Manual of the Civil Veterinary Department, Central Provinces and Berar
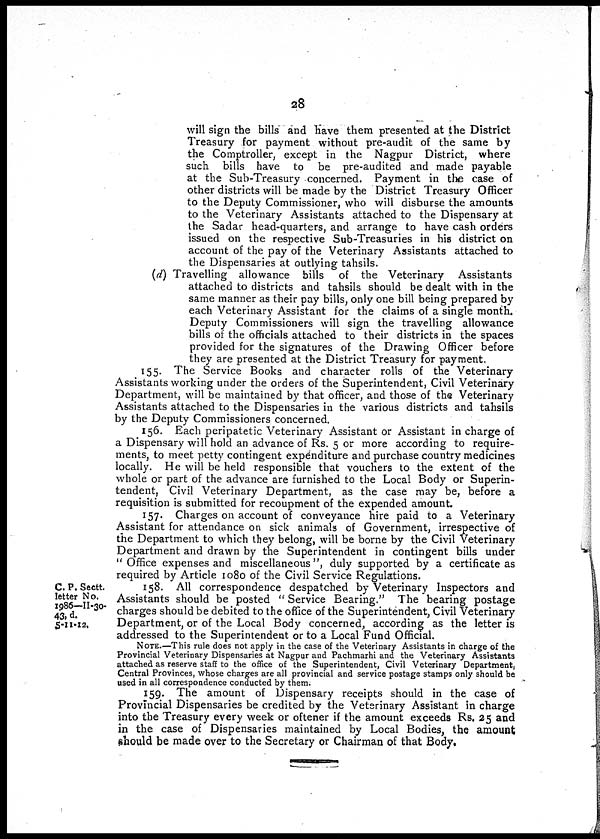
28
will sign the bills and have them presented at the District
Treasury for payment without pre-audit of the same by
the Comptroller, except in the Nagpur District, where
such bills have to be pre-audited and made payable
at the Sub-Treasury concerned. Payment in the case of
other districts will be made by the District Treasury Officer
to the Deputy Commissioner, who will disburse the amounts
to the Veterinary Assistants attached to the Dispensary at
the Sadar head-quarters, and arrange to have cash orders
issued on the respective Sub-Treasuries in his district on
account of the pay of the Veterinary Assistants attached to
the Dispensaries at outlying tahsils.
(d) Travelling allowance bills of the Veterinary Assistants
attached to districts and tahsils should be dealt with in the
same manner as their pay bills, only one bill being prepared by
each Veterinary Assistant for the claims of a single month.
Deputy Commissioners will sign the travelling allowance
bills of the officials attached to their districts in the spaces
provided for the signatures of the Drawing Officer before
they are presented at the District Treasury for payment.
155. The Service Books and character rolls of the Veterinary
Assistants working under the orders of the Superintendent, Civil Veterinary
Department, will be maintained by that officer, and those of the Veterinary
Assistants attached to the Dispensaries in the various districts and tahsils
by the Deputy Commissioners concerned.
156. Each peripatetic Veterinary Assistant or Assistant in charge of
a Dispensary will hold an advance of Rs. 5 or more according to require-
ments, to meet petty contingent expenditure and purchase country medicines
locally. He will be held responsible that vouchers to the extent of the
whole or part of the advance are furnished to the Local Body or Superin-
tendent, Civil Veterinary Department, as the case may be, before a
requisition is submitted for recoupment of the expended amount.
157. Charges on account of conveyance hire paid to a Veterinary
Assistant for attendance on sick animals of Government, irrespective of
the Department to which they belong, will be borne by the Civil Veterinary
Department and drawn by the Superintendent in contingent bills under
"Office expenses and miscellaneous", duly supported by a certificate as
required by Article 1080 of the Civil Service Regulations.
C. P. Sectt.
letter No.
1986—11-30-
43, d.
5-11-12.
158. All correspondence despatched by Veterinary Inspectors and
Assistants should be posted "Service Bearing." The bearing postage
charges should be debited to the office of the Superintendent, Civil Veterinary
Department, or of the Local Body concerned, according as the letter is
addressed to the Superintendent or to a Local Fund Official.
NOTE.—This rule does not apply in the case of the Veterinary Assistants in charge of the
Provincial Veterinary Dispensaries at Nagpur and Pachmarhi and the Veterinary Assistants
attached as reserve staff to the office of the Superintendent, Civil Veterinary Department,
Central Provinces, whose charges are all provincial and service postage stamps only should be
used in all correspondence conducted by them.
159. The amount of Dispensary receipts should in the case of
Provincial Dispensaries be credited by the Veterinary Assistant in charge
into the Treasury every week or oftener if the amount exceeds Rs. 25 and
in the case of Dispensaries maintained by Local Bodies, the amount
should be made over to the Secretary or Chairman of that Body.